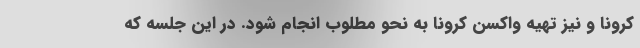
کرونا و نیز تهیه واکسن کرونا به نحو مطلوب انجام شود. در این جلسه که